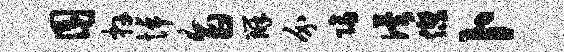
囿卉悼旨辨介隔俟杰卜